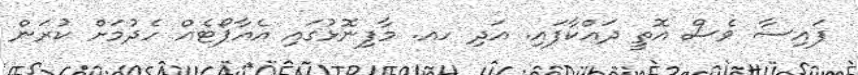
ފައިސާ ވެސް އޮތީ ދައްކާފައި. އަދި ހއ. މާފިނޮޅުގައި އެއާޕޯޓެއް ހެދުމަށް ކުރަން